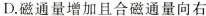
D.磁通量增加且合磁通量向右